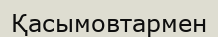
Қасымовтармен